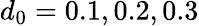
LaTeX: d_{0}=0.1,0.2,0.3